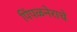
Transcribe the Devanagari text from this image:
पिंपळनेराचे